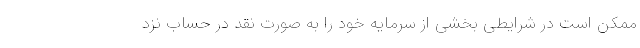
ممکن است در شرایطی بخشی از سرمایه خود را به صورت نقد در حساب نزد